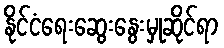
နိုင်ငံရေးဆွေးနွေးမှုဆိုင်ရာ